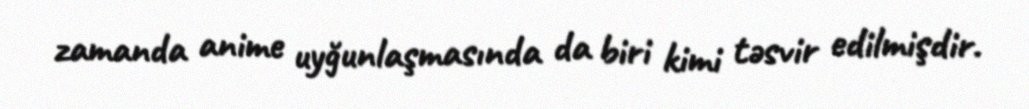
zamanda anime uyğunlaşmasında da biri kimi təsvir edilmişdir.